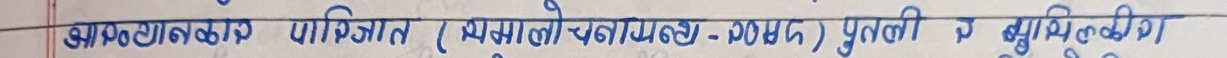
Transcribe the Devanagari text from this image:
आफ्नो कलाकृति (नयाँ सोचाइहरू - योजना) पुतली र बुद्धिकीट